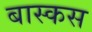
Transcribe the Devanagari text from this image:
बास्कस